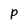
Character: p